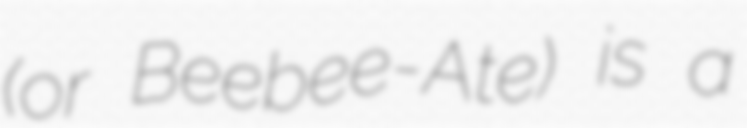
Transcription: (or Beebee-Ate) is a